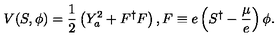
V ( S , \phi ) = \frac { 1 } { 2 } \left( Y _ { a } ^ { 2 } + F ^ { \dagger } F \right) , F \equiv e \left( S ^ { \dagger } - \frac { \mu } { e } \right) \phi .